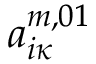
a _ { i \kappa } ^ { m , 0 1 }